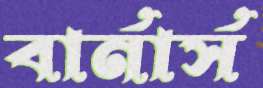
বার্নার্স